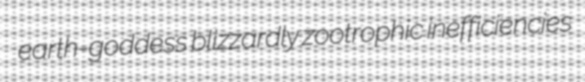
earth-goddess blizzardly zootrophic inefficiencies